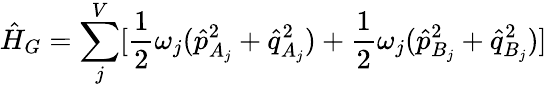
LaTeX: \hat{H}_{G}=\sum_{j}^{V}[{\frac{1}{2}\omega_{j}{(\hat{p}_{A_{j}}^{2}+\hat{q}_{A_{j}}^{2})}}+{\frac{1}{2}\omega_{j}{(\hat{p}_{B_{j}}^{2}+\hat{q}_{B_{j}}^{2})}}]